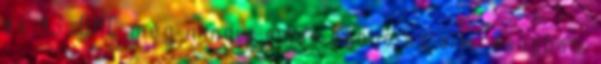
és 43. OMC még mindig nincs benne az aláírásodban,